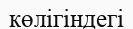
көлігіндегі